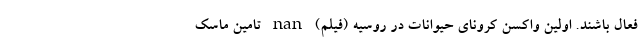
فعال باشند. اولین واکسن کرونای حیوانات در روسیه (فیلم) nan تامین ماسک